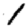
Digit: 1